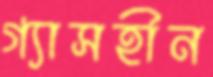
গ্যাসহীন